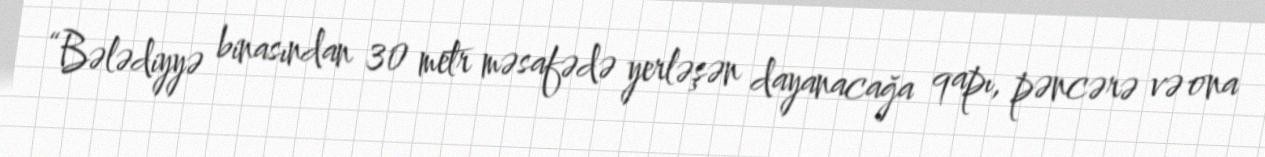
“Bələdiyyə binasından 30 metr məsafədə yerləşən dayanacağa qapı, pəncərə və ona